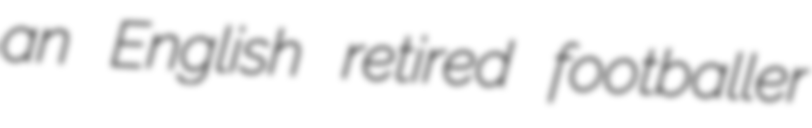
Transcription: an English retired footballer